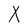
Character: X